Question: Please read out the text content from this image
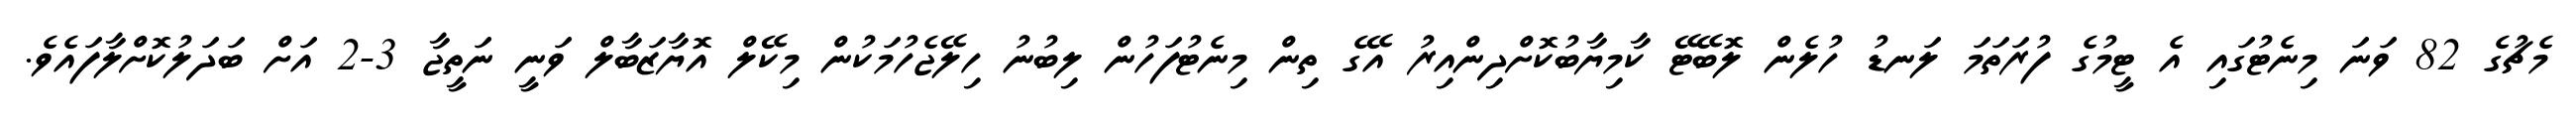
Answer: މެޗުގެ 82 ވަނަ މިނެޓުގައި އެ ޓީމުގެ ފުރަތަމަ ލަނޑު ހުލެން ލޮބޭޓޭ ކާމިޔާބުކޮށްދިންއިރު އޭގެ ތިން މިނެޓުފަހުން ލިބުނު ހިލޭޖެހުމަކުން މިކޭލް އޮޔާޒަބާލް ވަނީ ނަތީޖާ 3-2 އަށް ބަދަލުކޮށްލާފައެވެ.